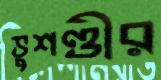
ভুশণ্ডীর